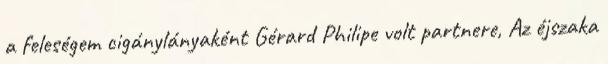
a feleségem cigánylányaként Gérard Philipe volt partnere, Az éjszaka